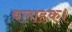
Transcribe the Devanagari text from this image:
बलाहक।